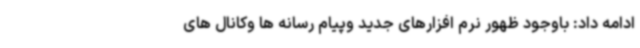
ادامه داد: باوجود ظهور نرم افزارهای جدید وپیام رسانه ها وکانال های